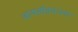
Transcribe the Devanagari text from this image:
जायखेड्याला